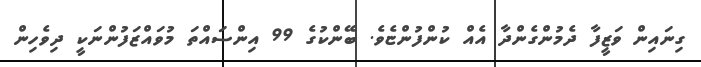
ގިނައިން ވަޒީފާ ދެމުންގެންދާ އެއް ކުންފުންޏެވެ. ބޭންކުގެ 99 އިންސައްތަ މުވައްޒަފުންނަކީ ދިވެހިން